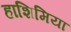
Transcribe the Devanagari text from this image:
हाशिमिया